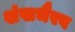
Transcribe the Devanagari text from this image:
शंखभैरव